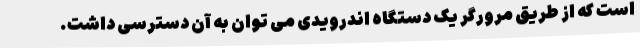
است که از طریق مرورگر یک دستگاه اندرویدی می توان به آن دسترسی داشت.